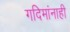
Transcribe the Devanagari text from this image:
गदिमांनाही